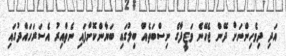
އަދި ދިވެހިންނަށް ދޭން ޖެހޭނެ ވަޒީފާގެ ނިސްބަތެއް ބިލުގައި ބަޔާންކޮށްފައި ނެތްއިރު އެސަރަހައްދުގައި